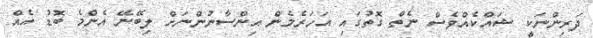
ދަރިންނަކީ ޝައްކެއްވެސް ނެތް ގޮތުގައި އަހަރެމެން އިންސާނުންނަށް ލިބޭނޭ އެންމެ ބޮޑު އެއް